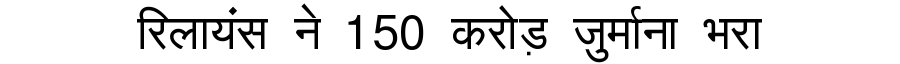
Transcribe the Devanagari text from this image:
रिलायंस ने 150 करोड़ जुर्माना भरा